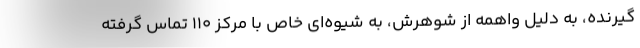
گیرنده، به دلیل واهمه از شوهرش، به شیوه‌ای خاص با مرکز ۱۱۰ تماس گرفته